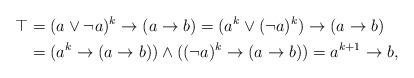
LaTeX: \begin{align*} \top &=(a\lor\neg a)^k\to (a\to b)= (a^k\lor (\neg a)^k)\to (a\to b)\\ &=(a^k\to (a\to b))\land ( (\neg a)^k\to (a\to b)) = a^{k+1}\to b, \end{align*}